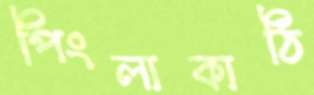
পিংলাকাঠি